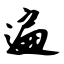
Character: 遍